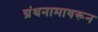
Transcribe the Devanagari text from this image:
ग्रंथनामावरून